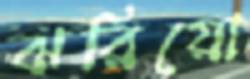
ঝরিয়ো